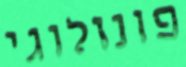
פונולוגי